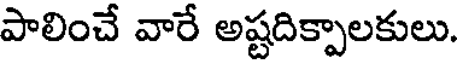
పాలించే వారే అష్టదిక్పాలకులు.